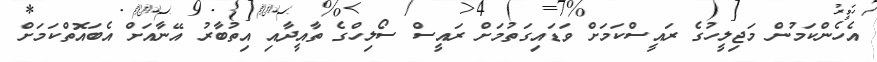
އެހެންކަމުން މަޖިލީހުގެ ރައީސްކަމަށް ވަޑައިގަތުމަށް ރައީސް ސޯލިހްގެ ތާއީދާއި އިތުބާރު އޭނާއަށް އެބައޮތްކަމަށް